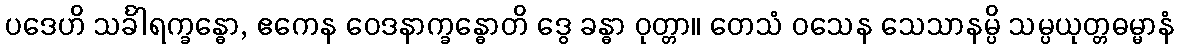
ပဒေဟိ သင်္ခါရက္ခန္ဓော, ဧကေန ဝေဒနာက္ခန္ဓောတိ ဒွေ ခန္ဓာ ဝုတ္တာ။ တေသံ ဝသေန သေသာနမ္ပိ သမ္ပယုတ္တဓမ္မာနံ